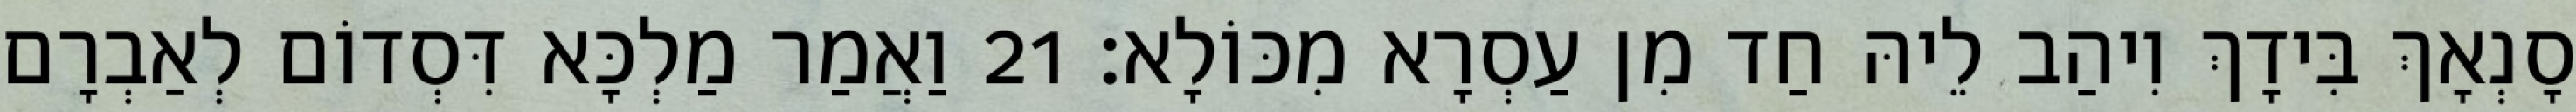
סָנְאָךְ בִּידָךְ וִיהַב לֵיהּ חַד מִן עַסְרָא מִכּוֹלָא׃ 21 וַאֲמַר מַלְכָּא דִּסְדוֹם לְאַבְרָם